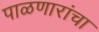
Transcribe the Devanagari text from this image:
पाळणारांचा